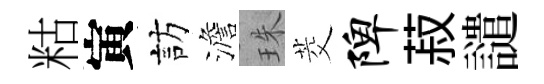
䊀寅訪澹珠茭陴菽譴